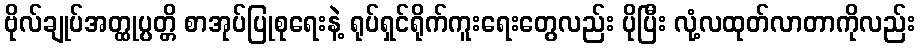
ဗိုလ်ချုပ်အတ္ထုပ္ပတ္တိ စာအုပ်ပြုစုရေးနဲ့ ရုပ်ရှင်ရိုက်ကူးရေးတွေလည်း ပိုပြီး လုံ့လထုတ်လာတာကိုလည်း